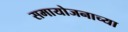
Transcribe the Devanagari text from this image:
समायोजनाच्या